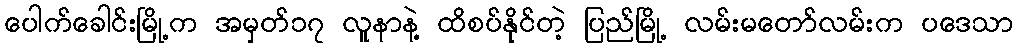
ပေါက်ခေါင်းမြို့က အမှတ်၁၇ လူနာနဲ့ ထိစပ်နိုင်တဲ့ ပြည်မြို့ လမ်းမတော်လမ်းက ပဒေသာ